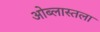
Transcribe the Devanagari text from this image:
ओब्लास्तला